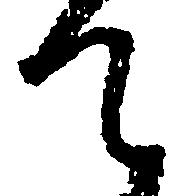
て